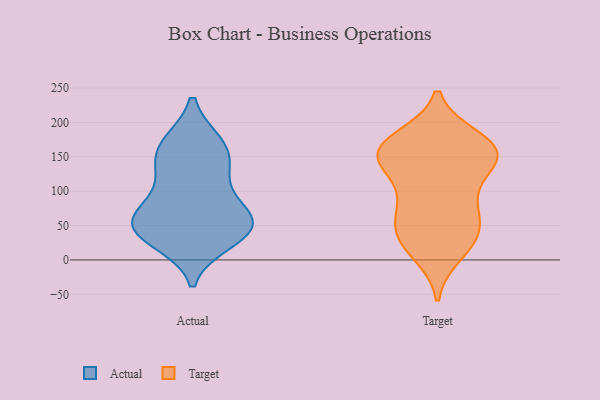
{"axis": {"x": "Population (Million)", "y": "Value"}, "legend": ["Actual", "Target"], "data": [{"x": "", "y": 42, "type": "Actual"}, {"x": "", "y": 50, "type": "Actual"}, {"x": "", "y": 169, "type": "Actual"}, {"x": "", "y": 127, "type": "Actual"}, {"x": "", "y": 128, "type": "Actual"}, {"x": "", "y": 169, "type": "Actual"}, {"x": "", "y": 78, "type": "Actual"}, {"x": "", "y": 74, "type": "Actual"}, {"x": "", "y": 55, "type": "Actual"}, {"x": "", "y": 40, "type": "Actual"}, {"x": "", "y": 28, "type": "Actual"}, {"x": "", "y": 157, "type": "Actual"}, {"x": "", "y": 51, "type": "Actual"}, {"x": "", "y": 87, "type": "Target"}, {"x": "", "y": 163, "type": "Target"}, {"x": "", "y": 165, "type": "Target"}, {"x": "", "y": 84, "type": "Target"}, {"x": "", "y": 134, "type": "Target"}, {"x": "", "y": 44, "type": "Target"}, {"x": "", "y": 152, "type": "Target"}, {"x": "", "y": 28, "type": "Target"}, {"x": "", "y": 146, "type": "Target"}, {"x": "", "y": 175, "type": "Target"}, {"x": "", "y": 159, "type": "Target"}, {"x": "", "y": 28, "type": "Target"}, {"x": "", "y": 46, "type": "Target"}, {"x": "", "y": 74, "type": "Target"}, {"x": "", "y": 11, "type": "Target"}, {"x": "", "y": 161, "type": "Target"}, {"x": "", "y": 147, "type": "Target"}]}